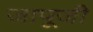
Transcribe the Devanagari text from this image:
जापूजी